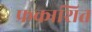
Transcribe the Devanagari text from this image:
फ्रकाशित